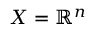
X = \mathbb { R } ^ { n }